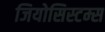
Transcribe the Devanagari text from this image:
जियोसिस्टम्स